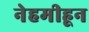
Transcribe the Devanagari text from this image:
नेहमीहून